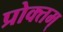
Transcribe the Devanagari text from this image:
प्रोक्तम्